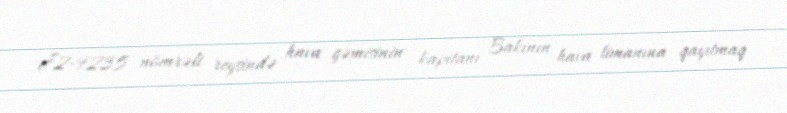
J2-9235 nömrəli reysində hava gəmisinin kapitanı Bakının hava limanına qayıtmaq